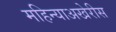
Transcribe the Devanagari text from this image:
महिन्याअखेरीस